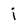
Character: i